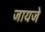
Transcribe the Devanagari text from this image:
जायजे